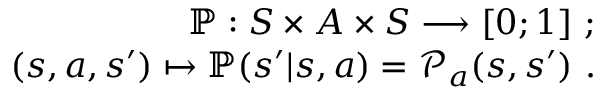
\begin{array} { r } { \mathbb { P } : S \times A \times S \longrightarrow [ 0 ; 1 ] \mathrm { ~ } ; } \\ { ( s , a , s ^ { \prime } ) \mapsto \mathbb { P } ( s ^ { \prime } | s , a ) = \mathcal { P } _ { a } ( s , s ^ { \prime } ) ~ . } \end{array}